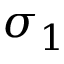
\sigma _ { 1 }